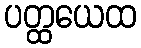
ပတ္ထယေထ